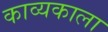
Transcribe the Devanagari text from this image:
काव्यकाला